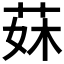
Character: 𦰕